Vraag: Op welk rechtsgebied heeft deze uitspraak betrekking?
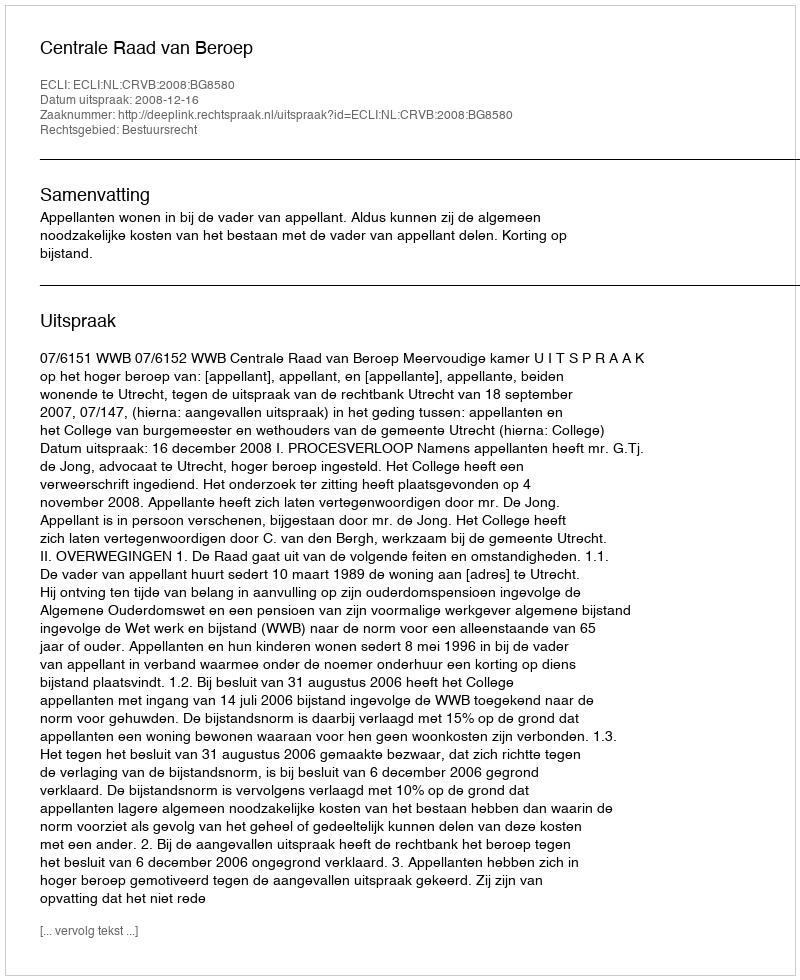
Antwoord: Bestuursrecht